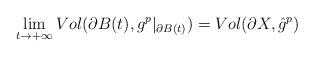
LaTeX: \begin{align*}\lim\limits_{t\rightarrow+\infty}Vol(\partial B(t),g^p|_{\partial B(t)})=Vol(\partial X,\hat{g}^p)\end{align*}